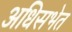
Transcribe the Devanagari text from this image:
अधिसभेत